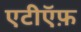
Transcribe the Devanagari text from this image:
एटीऍफ़